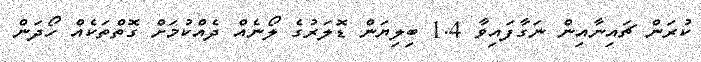
ކުރަން ޗަައިނާއިން ނަގާފައިވާ 1.4 ބިލިޔަން ޑޮލަރުގެ ލޯނެއް ދެއްކުމަށް ގޮތްްތަކެއް ހޯދަން